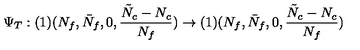
\Psi _ { T } : ( 1 ) ( N _ { f } , \bar { N } _ { f } , 0 , \frac { \tilde { N } _ { c } - N _ { c } } { N _ { f } } ) \rightarrow ( 1 ) ( N _ { f } , \bar { N } _ { f } , 0 , \frac { \tilde { N } _ { c } - N _ { c } } { N _ { f } } )